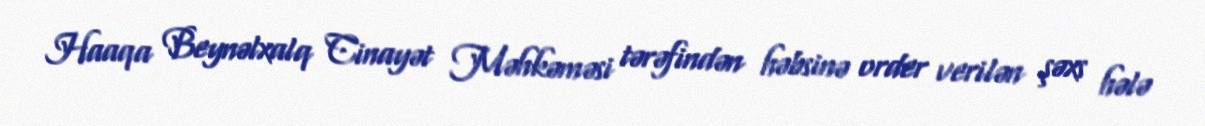
Haaqa Beynəlxalq Cinayət Məhkəməsi tərəfindən həbsinə order verilən şəxs hələ